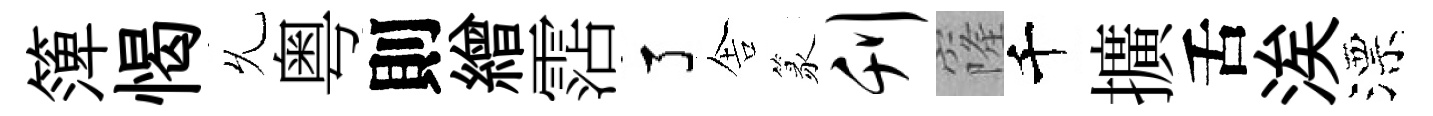
𥱼愒𠃔粤則繒霑了舎篆刊窿千擴舌涘漂